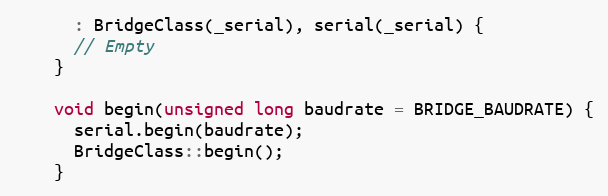
Language: C
      : BridgeClass(_serial), serial(_serial) {
      // Empty
    }

    void begin(unsigned long baudrate = BRIDGE_BAUDRATE) {
      serial.begin(baudrate);
      BridgeClass::begin();
    }